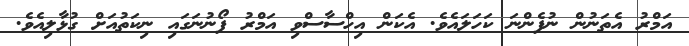
އަމްރު އެތަނުން ނުފެންނަ ކަހަލައެވެ. އެކަން އިހްސާސްވި އަމްރު ފޯނުނަގައި ނިކަތުއަށް ގުޅާލިއެެވެ.